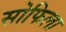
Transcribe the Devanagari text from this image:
सोफिला